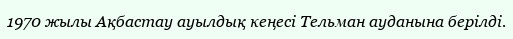
1970 жылы Ақбастау ауылдық кеңесі Тельман ауданына берілді.